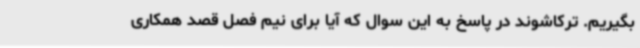
بگیریم. ترکاشوند در پاسخ به این سوال که آیا برای نیم فصل قصد همکاری